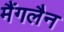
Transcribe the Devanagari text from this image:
मैंगलैन